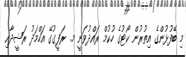
މި ބޭފުޅުންގެ އިތުރުން ކޯޓުގެ ހުކުމް ރައްދުވަނީ މ. ރަފީގުގޭ އަހްމަދު ރަޝީދާއި